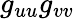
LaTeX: g_{uu}g_{vv}